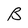
Character: B